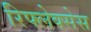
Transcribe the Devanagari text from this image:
रिफ्लेक्सेस